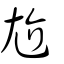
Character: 尬